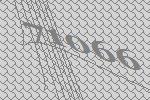
71066